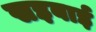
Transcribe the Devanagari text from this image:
सइबाई